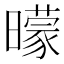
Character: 曚